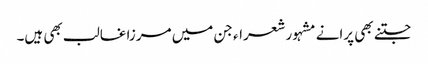
جتنے بھی پرانے مشہور شعراء جن میں مرزا غالب بھی ہیں۔